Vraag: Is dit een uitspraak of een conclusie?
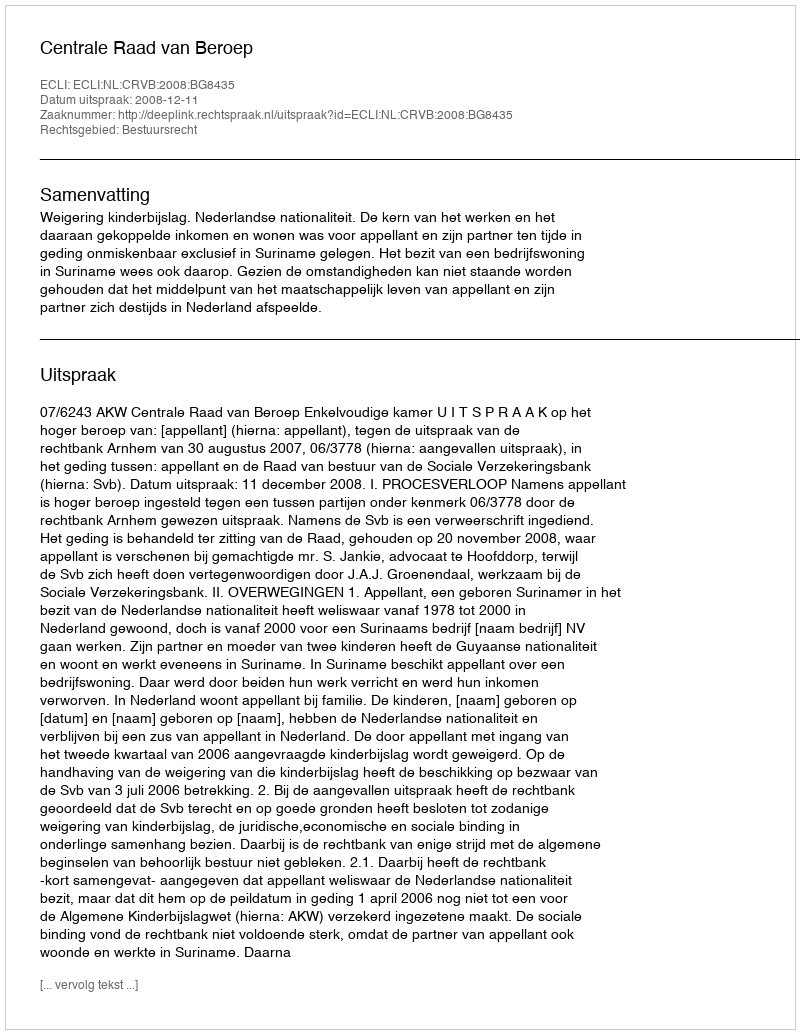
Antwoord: Uitspraak